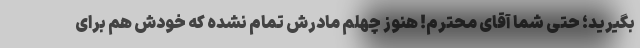
بگیرید؛ حتی شما آقای محترم! هنوز چهلم مادرش تمام نشده که خودش هم برای